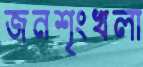
জনশৃংখলা